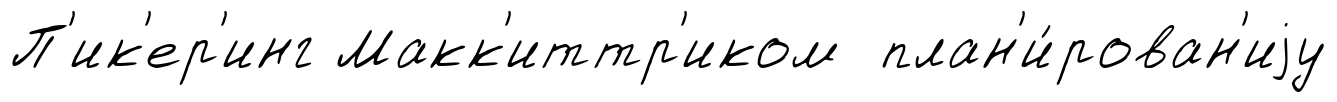
П'ик'ер'инг Макк'иттр'иком план'и́рован'иjу